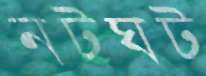
নটঘট